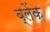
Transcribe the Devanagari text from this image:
ब्लेंक